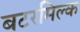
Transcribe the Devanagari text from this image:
बटरमिल्क